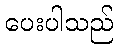
ပေးပါသည်